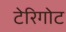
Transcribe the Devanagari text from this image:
टेरिगोट